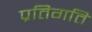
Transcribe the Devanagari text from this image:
प्रतिगति